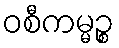
ဝစီကမ္မဉ္စ